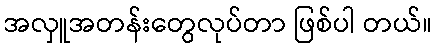
အလှူအတန်းတွေလုပ်တာ ဖြစ်ပါ တယ်။